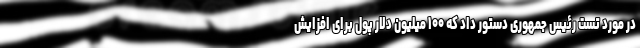
در مورد تست رئیس جمهوری دستور داد که ۱۰۰ میلیون دلار پول برای افزایش